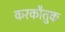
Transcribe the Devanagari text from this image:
करकौतुक